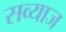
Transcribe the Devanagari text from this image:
सव्याज